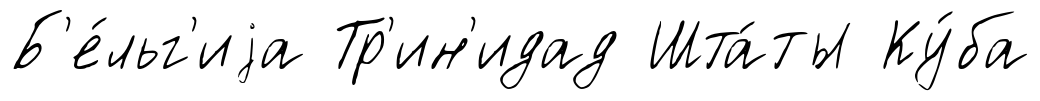
Б'е́льг'иjа Тр'ин'идад Шта́ты Ку́ба